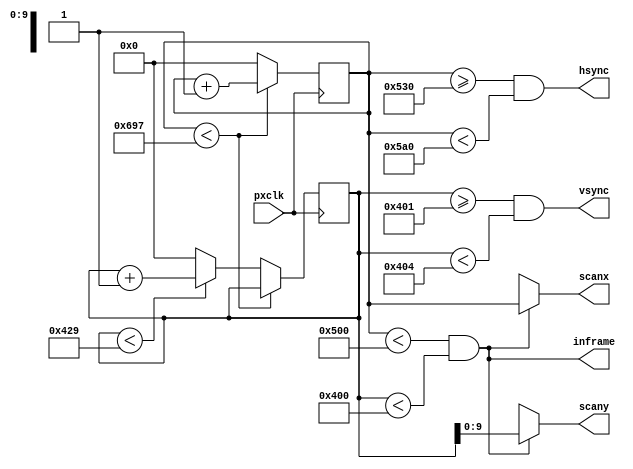
module vgasync #(
        parameter LOOKAHEAD = 0,

        parameter W = 1280,
        parameter HFP = 48,
        parameter HSP = 112,
        parameter HBP = 248,

        parameter H = 1024,
        parameter VFP = 1,
        parameter VSP = 3,
        parameter VBP = 38
    ) (
        input pxclk,
        output inframe,
        output [X_WIDTH-1:0] scanx,
        output [Y_WIDTH-1:0] scany,
        output hsync,
        output vsync
    );

    localparam TW = W + HFP + HSP + HBP;
    localparam TH = H + VFP + VSP + VBP;
    localparam X_WIDTH = $clog2(W);
    localparam Y_WIDTH = $clog2(H);
    localparam X_WIDTH_INT = $clog2(TW);
    localparam Y_WIDTH_INT = $clog2(TH);

    reg [X_WIDTH_INT-1:0] xcount;
    initial xcount = 0;
    reg [Y_WIDTH_INT-1:0] ycount;
    initial ycount = 0;

    assign hsync = xcount >= W + HFP + LOOKAHEAD && xcount < W + HFP + HSP + LOOKAHEAD;
    assign vsync = ycount >= H + VFP && ycount < H + VFP + VSP;
    assign inframe = xcount < W + LOOKAHEAD && ycount < H;
    assign scanx = inframe ? xcount[X_WIDTH-1:0] : {X_WIDTH{1'bx}};
    assign scany = inframe ? ycount[Y_WIDTH-1:0] : {Y_WIDTH{1'bx}};

    always @(posedge pxclk) begin
        if(xcount < TW-1) xcount <= xcount + 1;
        else begin
            xcount <= 0;
            if(ycount < TH-1) ycount <= ycount + 1;
            else ycount <= 0;
        end
    end


endmodule